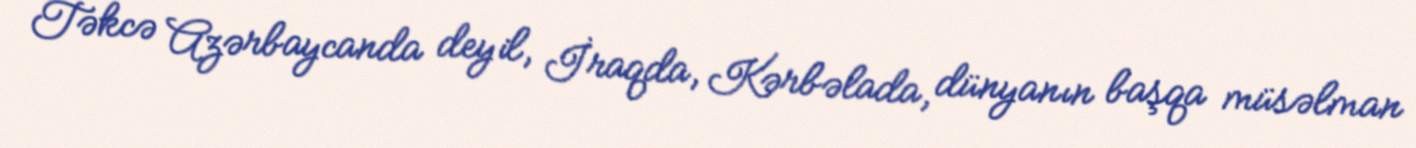
Təkcə Azərbaycanda deyil, İraqda, Kərbəlada, dünyanın başqa müsəlman